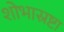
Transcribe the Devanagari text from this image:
शोभास्रष्टा